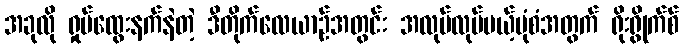
အခုလို ရှုပ်ထွေးနက်နဲတဲ့ ဒီတိုက်လေယာဉ်အတွင်း အလုပ်လုပ်မယ့်ပုံစံအတွက် ရိုးရွိုက်စ်